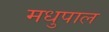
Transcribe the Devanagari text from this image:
मधुपाल